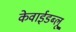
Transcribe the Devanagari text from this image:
केवाईडब्लू